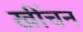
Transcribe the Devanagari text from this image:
खींचन